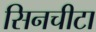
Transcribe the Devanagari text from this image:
सिनचीटा